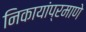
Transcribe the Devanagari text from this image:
निकायांप्रमाणे